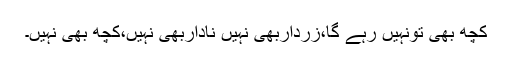
کچھ بھی تونہیں رہے گا،زرداربھی نہیں ناداربھی نہیں،کچھ بھی نہیں۔